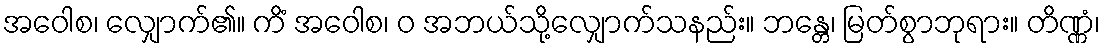
အဝေါစ၊ လျှောက်၏။ ကိံ အဝေါစ၊ ဝ အဘယ်သို့လျှောက်သနည်း။ ဘန္တေ၊ မြတ်စွာဘုရား။ တိဏ္ဏံ၊